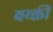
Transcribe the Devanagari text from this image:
वय्क्ती